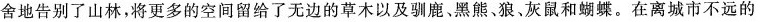
舍地告别了山林，将更多的空间留给了无边的草木以及驯鹿、黑熊、狼、灰鼠和蝴蝶。在离城市不远的